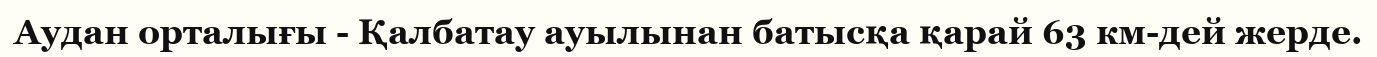
Аудан орталығы - Қалбатау ауылынан батысқа қарай 63 км-дей жерде.